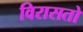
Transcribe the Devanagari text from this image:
विरासतो